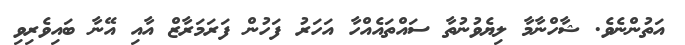
އަތުންނެވެ. ޝާހްނާމާ ލިޔެވުނުތާ ސައްތައެއްހާ އަހަރު ފަހުން ފަރަމަރާޒް އާއި އޭނާ ބައިވެރިވި